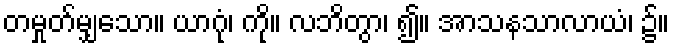
တမှုတ်မျှသော။ ယာဂုံ၊ ကို။ လဘိတွာ၊ ၍။ အာသနသာလာယံ၊ ၌။